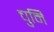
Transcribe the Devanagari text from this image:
चुनि